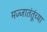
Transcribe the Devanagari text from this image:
मज्जातंतूंच्या